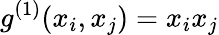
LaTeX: {g}^{(1)}(x_{i},x_{j})=x_{i}x_{j}